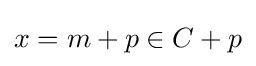
x=m+p\in C+p